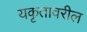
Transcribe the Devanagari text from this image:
यकृतावरील